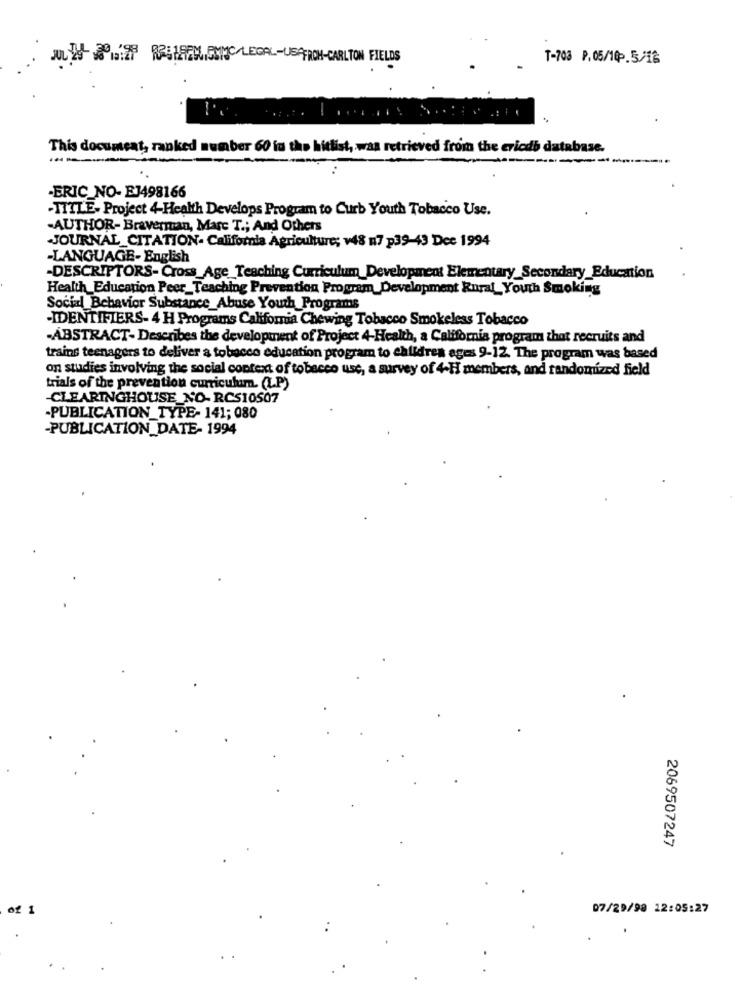
T-703 P.05/10 -. 5/18
This document, ranked number 60 in the hitlist, was retrieved from the cricdb database.
-ERIC_NO- EJ498166
-TITLE- Project 4-Health Develops Program to Curb Youth Tobacco Use.
-AUTHOR- Braverman, Marc T .; And Others
JOURNAL CITATION- California Agriculture; v48 n7 p39-43 Dee 1994
-LANGUAGE- English
-DESCRIPTORS- Cross_Age_Teaching Curriculum_Development Elementary_Secondary_Education
Health_Education Peer_Teaching Prevention Program_Development Rural_Youth Smoking
Social Behavior Substance Abuse Yourh_Programs
-IDENTIFIERS- 4 H Programs California Chewing Tobacco Smokeless Tobacco
-ABSTRACT- Describes the development of Project 4-Health, a California program that recruits and
trains teenagers to deliver a tobacco education program to children ages 9-12. The program was based
on studies involving the social context of tobacco use, a survey of 4-H members, and randomized field
trials of the prevention curriculum. (LP)
-CLEARINGHOUSE NO-RCS10507
-PUBLICATION_TYPE- 141; 080
-PUBLICATION DATE- 1994
2069507247
of 1
07/29/98 22:05:27